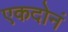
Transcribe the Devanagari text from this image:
एकदोनं